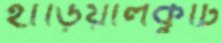
হাড়িয়ালকুটি